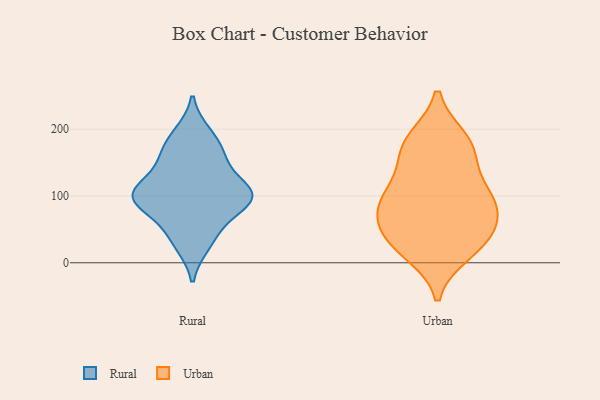
{"axis": {"x": "Latency (ms)", "y": "Value"}, "legend": ["Rural", "Urban"], "data": [{"x": "", "y": 50, "type": "Rural"}, {"x": "", "y": 124, "type": "Rural"}, {"x": "", "y": 104, "type": "Rural"}, {"x": "", "y": 100, "type": "Rural"}, {"x": "", "y": 90, "type": "Rural"}, {"x": "", "y": 95, "type": "Rural"}, {"x": "", "y": 157, "type": "Rural"}, {"x": "", "y": 97, "type": "Rural"}, {"x": "", "y": 193, "type": "Rural"}, {"x": "", "y": 167, "type": "Rural"}, {"x": "", "y": 28, "type": "Rural"}, {"x": "", "y": 152, "type": "Urban"}, {"x": "", "y": 180, "type": "Urban"}, {"x": "", "y": 49, "type": "Urban"}, {"x": "", "y": 104, "type": "Urban"}, {"x": "", "y": 51, "type": "Urban"}, {"x": "", "y": 171, "type": "Urban"}, {"x": "", "y": 28, "type": "Urban"}, {"x": "", "y": 87, "type": "Urban"}, {"x": "", "y": 30, "type": "Urban"}, {"x": "", "y": 184, "type": "Urban"}, {"x": "", "y": 103, "type": "Urban"}, {"x": "", "y": 16, "type": "Urban"}, {"x": "", "y": 81, "type": "Urban"}, {"x": "", "y": 92, "type": "Urban"}]}